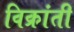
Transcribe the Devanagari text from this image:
विक्रांती